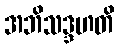
အဘိသဒ္ဒဟတိ